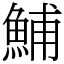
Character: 鯆